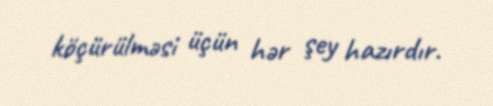
köçürülməsi üçün hər şey hazırdır.